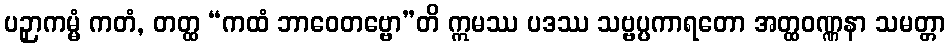
ပဉှာကမ္မံ ကတံ, တတ္ထ “ကထံ ဘာဝေတဗ္ဗော”တိ ဣမဿ ပဒဿ သဗ္ဗပ္ပကာရတော အတ္ထဝဏ္ဏနာ သမတ္တာ